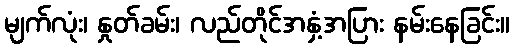
မျက်လုံး၊ နှုတ်ခမ်း၊ လည်တိုင်အနှံ့အပြား နမ်းနေခြင်း။